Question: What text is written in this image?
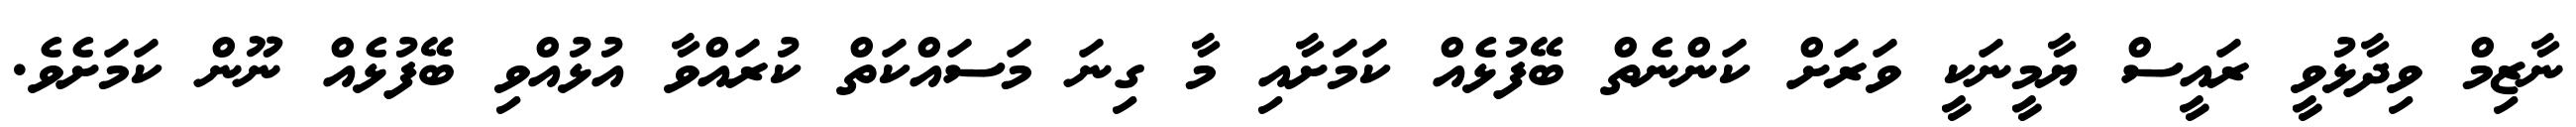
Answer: ނާޒިމް ވިދާޅުވީ ރައީސް ޔާމީނަކީ ވަރަށް ކަންނެތް ބޭފުޅެއް ކަމަށާއި މާ ގިނަ މަސައްކަތް ކުރައްވާ އުޅުއްވި ބޭފުޅެއް ނޫން ކަމަށެވެ.